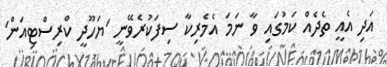
އަދި އެއީ ތެދެއް ކަމުގައި ވާ ނަމަ އެމެރިކާ ސިފަކުރެވޭނީ 'ޔަހޫދީ ކްރިސްޓިއަން'